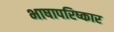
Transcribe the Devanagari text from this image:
भाषापरिष्कार